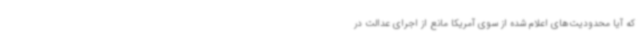
که آیا محدودیت‌های اعلام شده از سوی آمریکا مانع از اجرای عدالت در